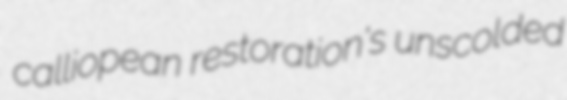
calliopean restoration's unscolded